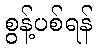
စွန့်ပစ်ရန်